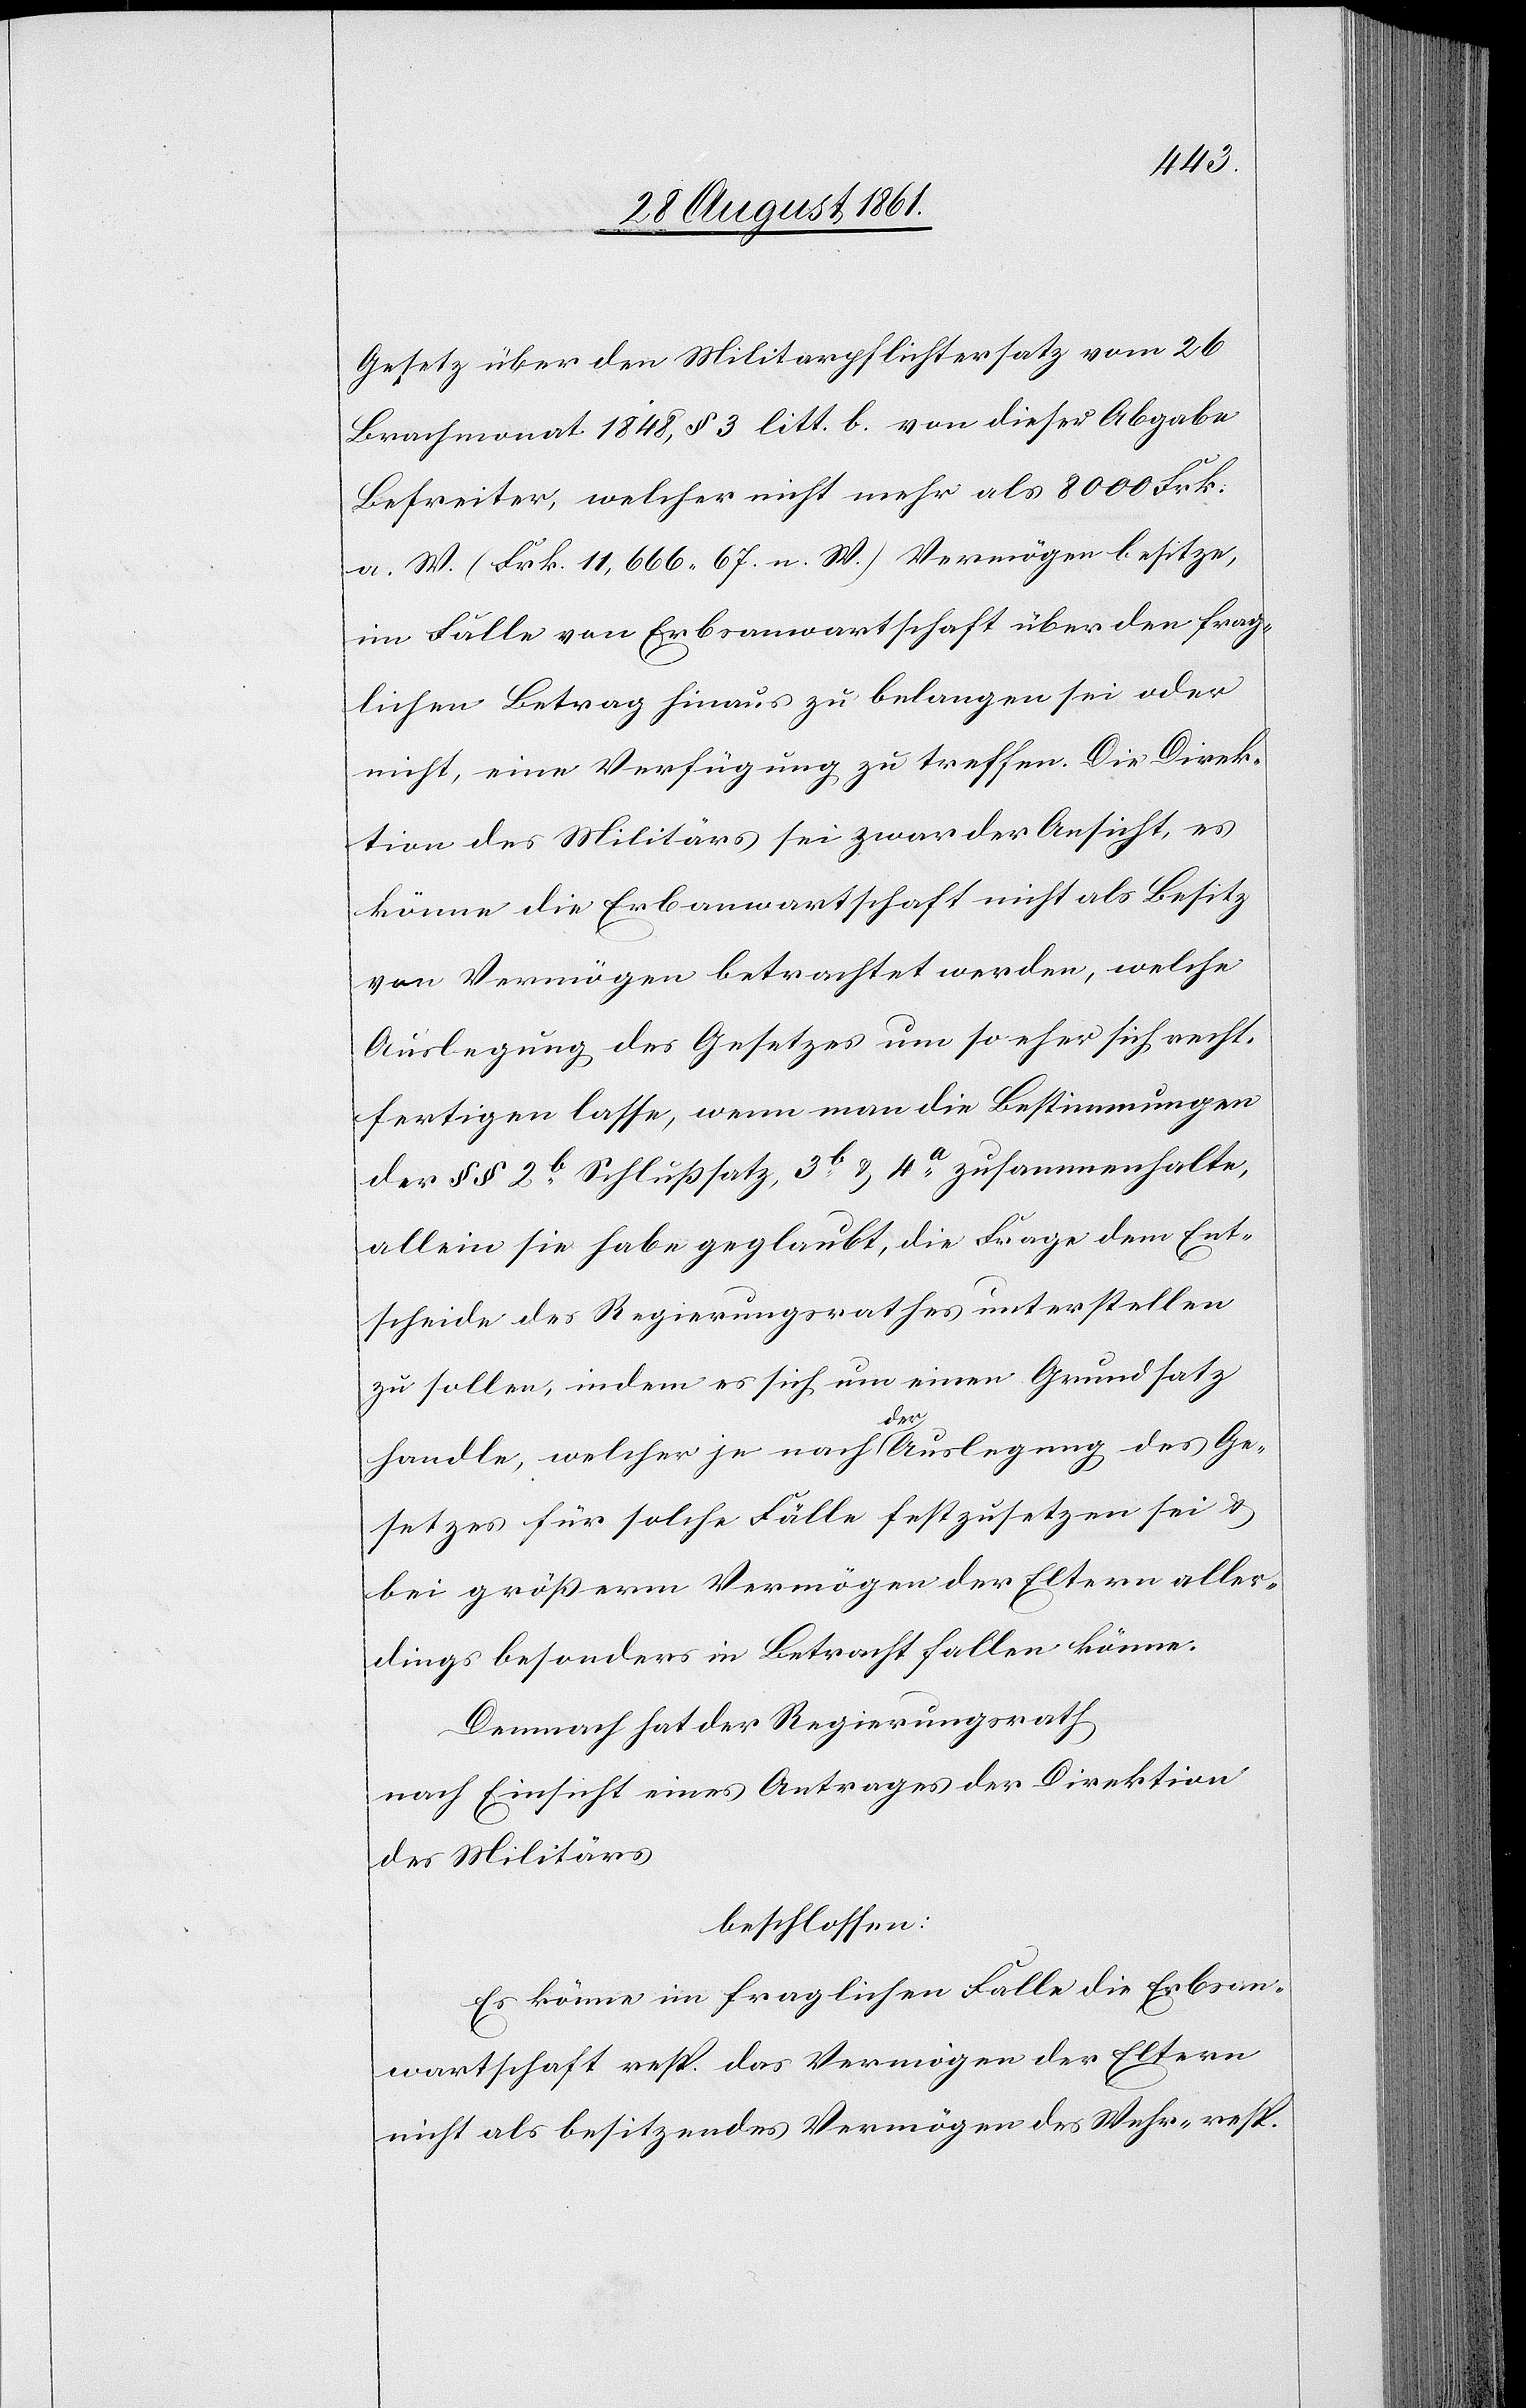
Gesetz über den Militärpflichtersatz vom 26
Brachmonat 1848, § 3 litt b. von dieser Abgabe
Befreiter, welcher nicht mehr als 8000 Frk.
a. W. (Frk. 11,666.67 n. W.) Vermögen besitze,
im Falle von Erbsanwartschaft über den frag¬
lichen Betrag hinaus zu belangen sei oder
nicht, eine Verfügung zu treffen. Die Direk¬
tion des Militärs sei zwar der Ansicht, es
könne die Erbanwartschaft nicht als Besitz
von Vermögen betrachtet werden, welche
Auslegung des Gesetzes um so eher sich recht¬
fertigen lasse, wenn man die Bestimmungen
der §§ 2b Schlußsatz, 3b u. 4a zusammenhalte,
allein sie habe geglaubt, die Frage dem Ent¬
scheide des Regierungsrathes unterstellen
zu sollen, indem es sich um einen Grundsatz
handle, welcher je nach der Auslegung des Ge¬
setzes für solche Fälle festzusetzen sei u.
bei größern Vermögen der Eltern aller¬
dings besonders in Betracht fallen könne.
Demnach hat der Regierungsrath
nach Einsicht eines Antrages der Direktion
des Militärs,
beschlossen:
Es könne im fraglichen Falle die Erbsan¬
wartschaft resp. das Vermögen der Eltern
nicht als besitzendes Vermögen des Wehr- resp.